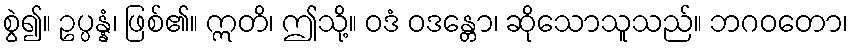
စွဲ၍။ ဥပ္ပန္နံ၊ ဖြစ်၏။ ဣတိ၊ ဤသို့။ ဝဒံ ဝဒန္တော၊ ဆိုသောသူသည်။ ဘဂဝတော၊